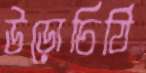
উড়োচিঠি